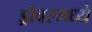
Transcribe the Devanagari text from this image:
ड्रॉवरमध्ये